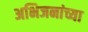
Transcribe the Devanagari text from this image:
अभिजनांच्या